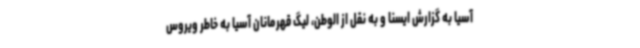
آسیا به گزارش ایسنا و به نقل از الوطن، لیگ قهرمانان آسیا به خاطر ویروس